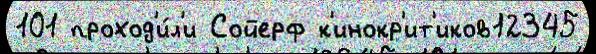
101 проход'и́л'и Сойерф к'инокр'ит'иков12345